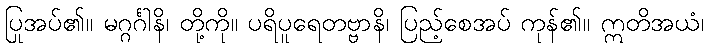
ပြုအပ်၏။ မဂ္ဂင်္ဂါနိ၊ တို့ကို။ ပရိပူရေတဗ္ဗာနိ၊ ပြည့်စေအပ် ကုန်၏။ ဣတိအယံ၊